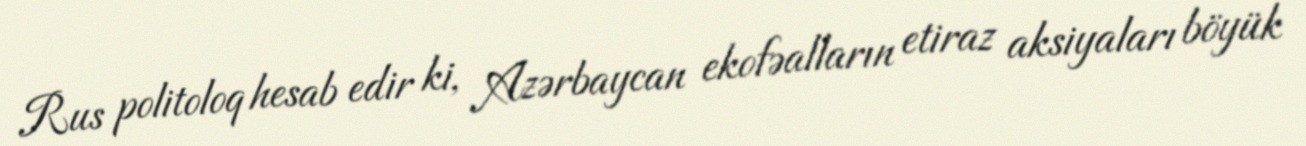
Rus politoloq hesab edir ki, Azərbaycan ekofəalların etiraz aksiyaları böyük